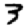
Digit: 3